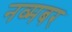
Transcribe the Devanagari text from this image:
नव्मबर